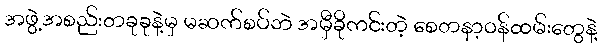
အဖွဲ့အစည်းတခုခုနဲ့မှ မဆက်စပ်ဘဲ အမှီခိုကင်းတဲ့ စေတနာ့ဝန်ထမ်းတွေနဲ့